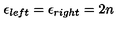
\epsilon _ { l e f t } = \epsilon _ { r i g h t } = 2 n